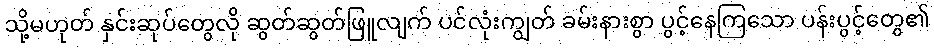
သို့မဟုတ် နှင်းဆုပ်တွေလို ဆွတ်ဆွတ်ဖြူလျက် ပင်လုံးကျွတ် ခမ်းနားစွာ ပွင့်နေကြသော ပန်းပွင့်တွေ၏